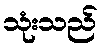
သုံးသည်